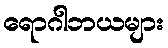
ရောဂါဘယများ